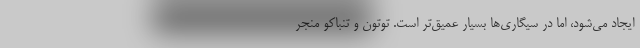
ایجاد می‌شود، اما در سیگاری‌ها بسیار عمیق‌تر است. توتون و تنباکو منجر